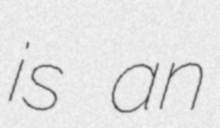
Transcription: is an